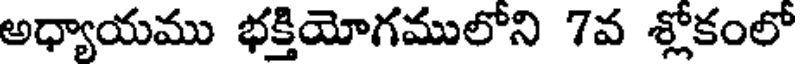
అధ్యాయము భక్తియోగములోని 7వ శ్లోకంలో